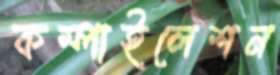
কম্পাইলেশন